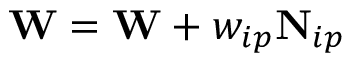
\mathbf { W } = \mathbf { W } + w _ { i p } \mathbf { N } _ { i p }